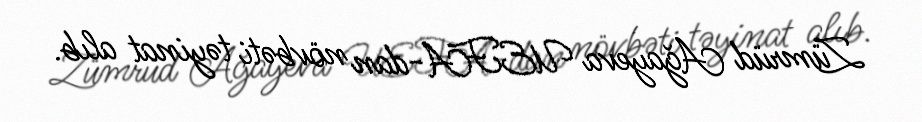
Zümrüd Ağayeva UEFA-dan növbəti təyinat alıb.